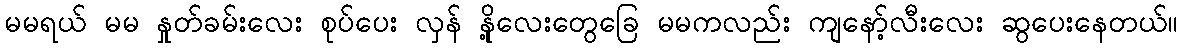
မမရယ် မမ နှုတ်ခမ်းလေး စုပ်ပေး လှန် နို့လေးတွေခြေ မမကလည်း ကျနော့်လီးလေး ဆွပေးနေတယ်။